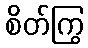
စိတ်ကြွ